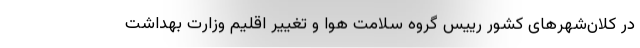
در کلان‌شهرهای کشور رییس گروه سلامت هوا و تغییر اقلیم وزارت بهداشت